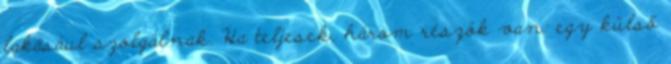
lakásául szolgálnak. Ha teljesek, három részök van: egy külső